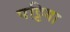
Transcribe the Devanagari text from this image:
पट्टिया